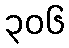
၃၀၆